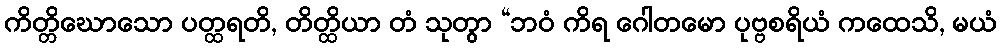
ကိတ္တိဃောသော ပတ္ထရတိ, တိတ္ထိယာ တံ သုတွာ “ဘဝံ ကိရ ဂေါတမော ပုဗ္ဗစရိယံ ကထေသိ, မယံ